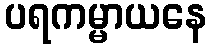
ပရကမ္မာယနေ